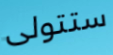
ستتولى